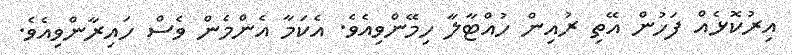
އިރުކޮޅެއް ފަހުން އޭތި ރުއިން ހުއްޓާލާ ހިމޭންވިއެވެ. އެކަމާ އެންމެން ވެސް ހައިރާންވިއެވެ.